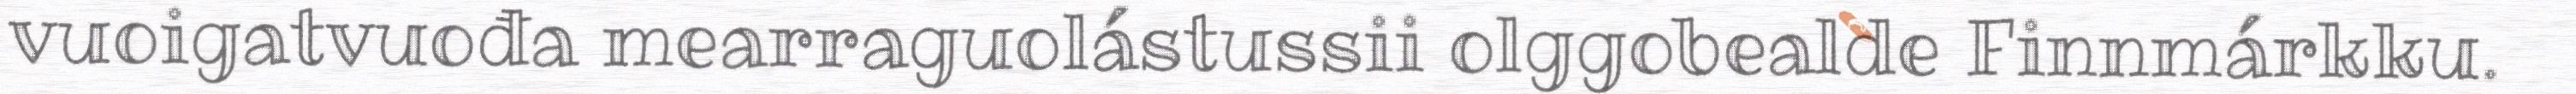
vuoigatvuođa mearraguolástussii olggobealde Finnmárkku.